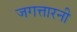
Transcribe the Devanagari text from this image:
जगत्तारनी